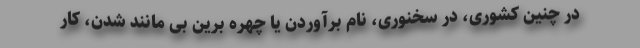
در چنین کشوری، در سخنوری، نام برآوردن یا چهره برین بی مانند شدن، کار